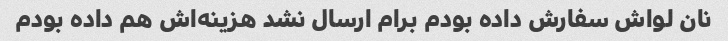
نان لواش سفارش داده بودم برام ارسال نشد هزینه‌اش هم داده بودم